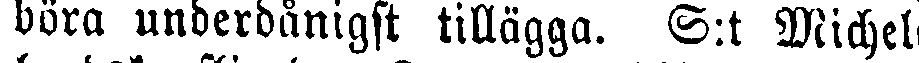
böra underdånigst tillägga. S:t Michels